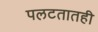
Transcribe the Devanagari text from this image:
पलटतातही